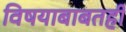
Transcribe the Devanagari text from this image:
विषयाबाबतही